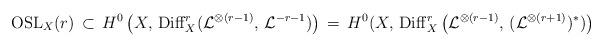
LaTeX: \begin{align*}{\rm OSL}_X(r)\, \subset\, H^0\left(X,\, {\rm Diff}^r_X({\mathcal L}^{\otimes (r-1)},\,{\mathcal L}^{-r-1})\right)\,=\, H^0(X,\,{\rm Diff}^r_X\left({\mathcal L}^{\otimes (r-1)},\, ({\mathcal L}^{\otimes (r+1)})^*)\right)\end{align*}